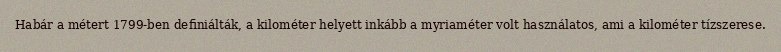
Habár a métert 1799-ben definiálták, a kilométer helyett inkább a myriaméter volt használatos, ami a kilométer tízszerese.